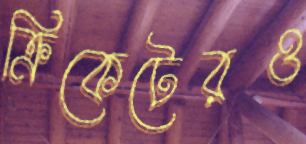
ক্রিকেটেরও